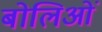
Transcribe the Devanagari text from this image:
बोलिओं